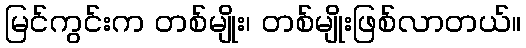
မြင်ကွင်းက တစ်မျိုး၊ တစ်မျိုးဖြစ်လာတယ်။